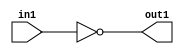
`timescale 1ps / 1ps
/*****************************************************************************
    Verilog RTL Description
    
    
    Created by: Stratus DpOpt 2019.1.01 
*******************************************************************************/

module GaussianFilter_Not_1U_1U_4 (
	in1,
	out1
	); /* architecture "behavioural" */ 
input  in1;
output  out1;
wire  asc001;

assign asc001 = 
	((~in1));

assign out1 = asc001;
endmodule

/* CADENCE  urfxSA4= : u9/ySgnWtBlWxVPRXgAZ4Og= ** DO NOT EDIT THIS LINE ******/